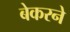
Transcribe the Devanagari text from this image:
बेकरने